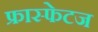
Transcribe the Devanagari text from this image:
फ्रास्फेटज